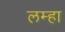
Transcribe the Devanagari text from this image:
लम्हा